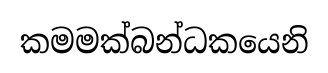
කමමක්බන්ධකයෙනි